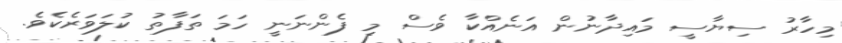
މިހާރު ސިޔާސީ މައިދާނުން އަނެއްކާ ވެސް މި ފެންނަނީ ހަމަ ތަފާތު ކުލަވަރެކެވެ.